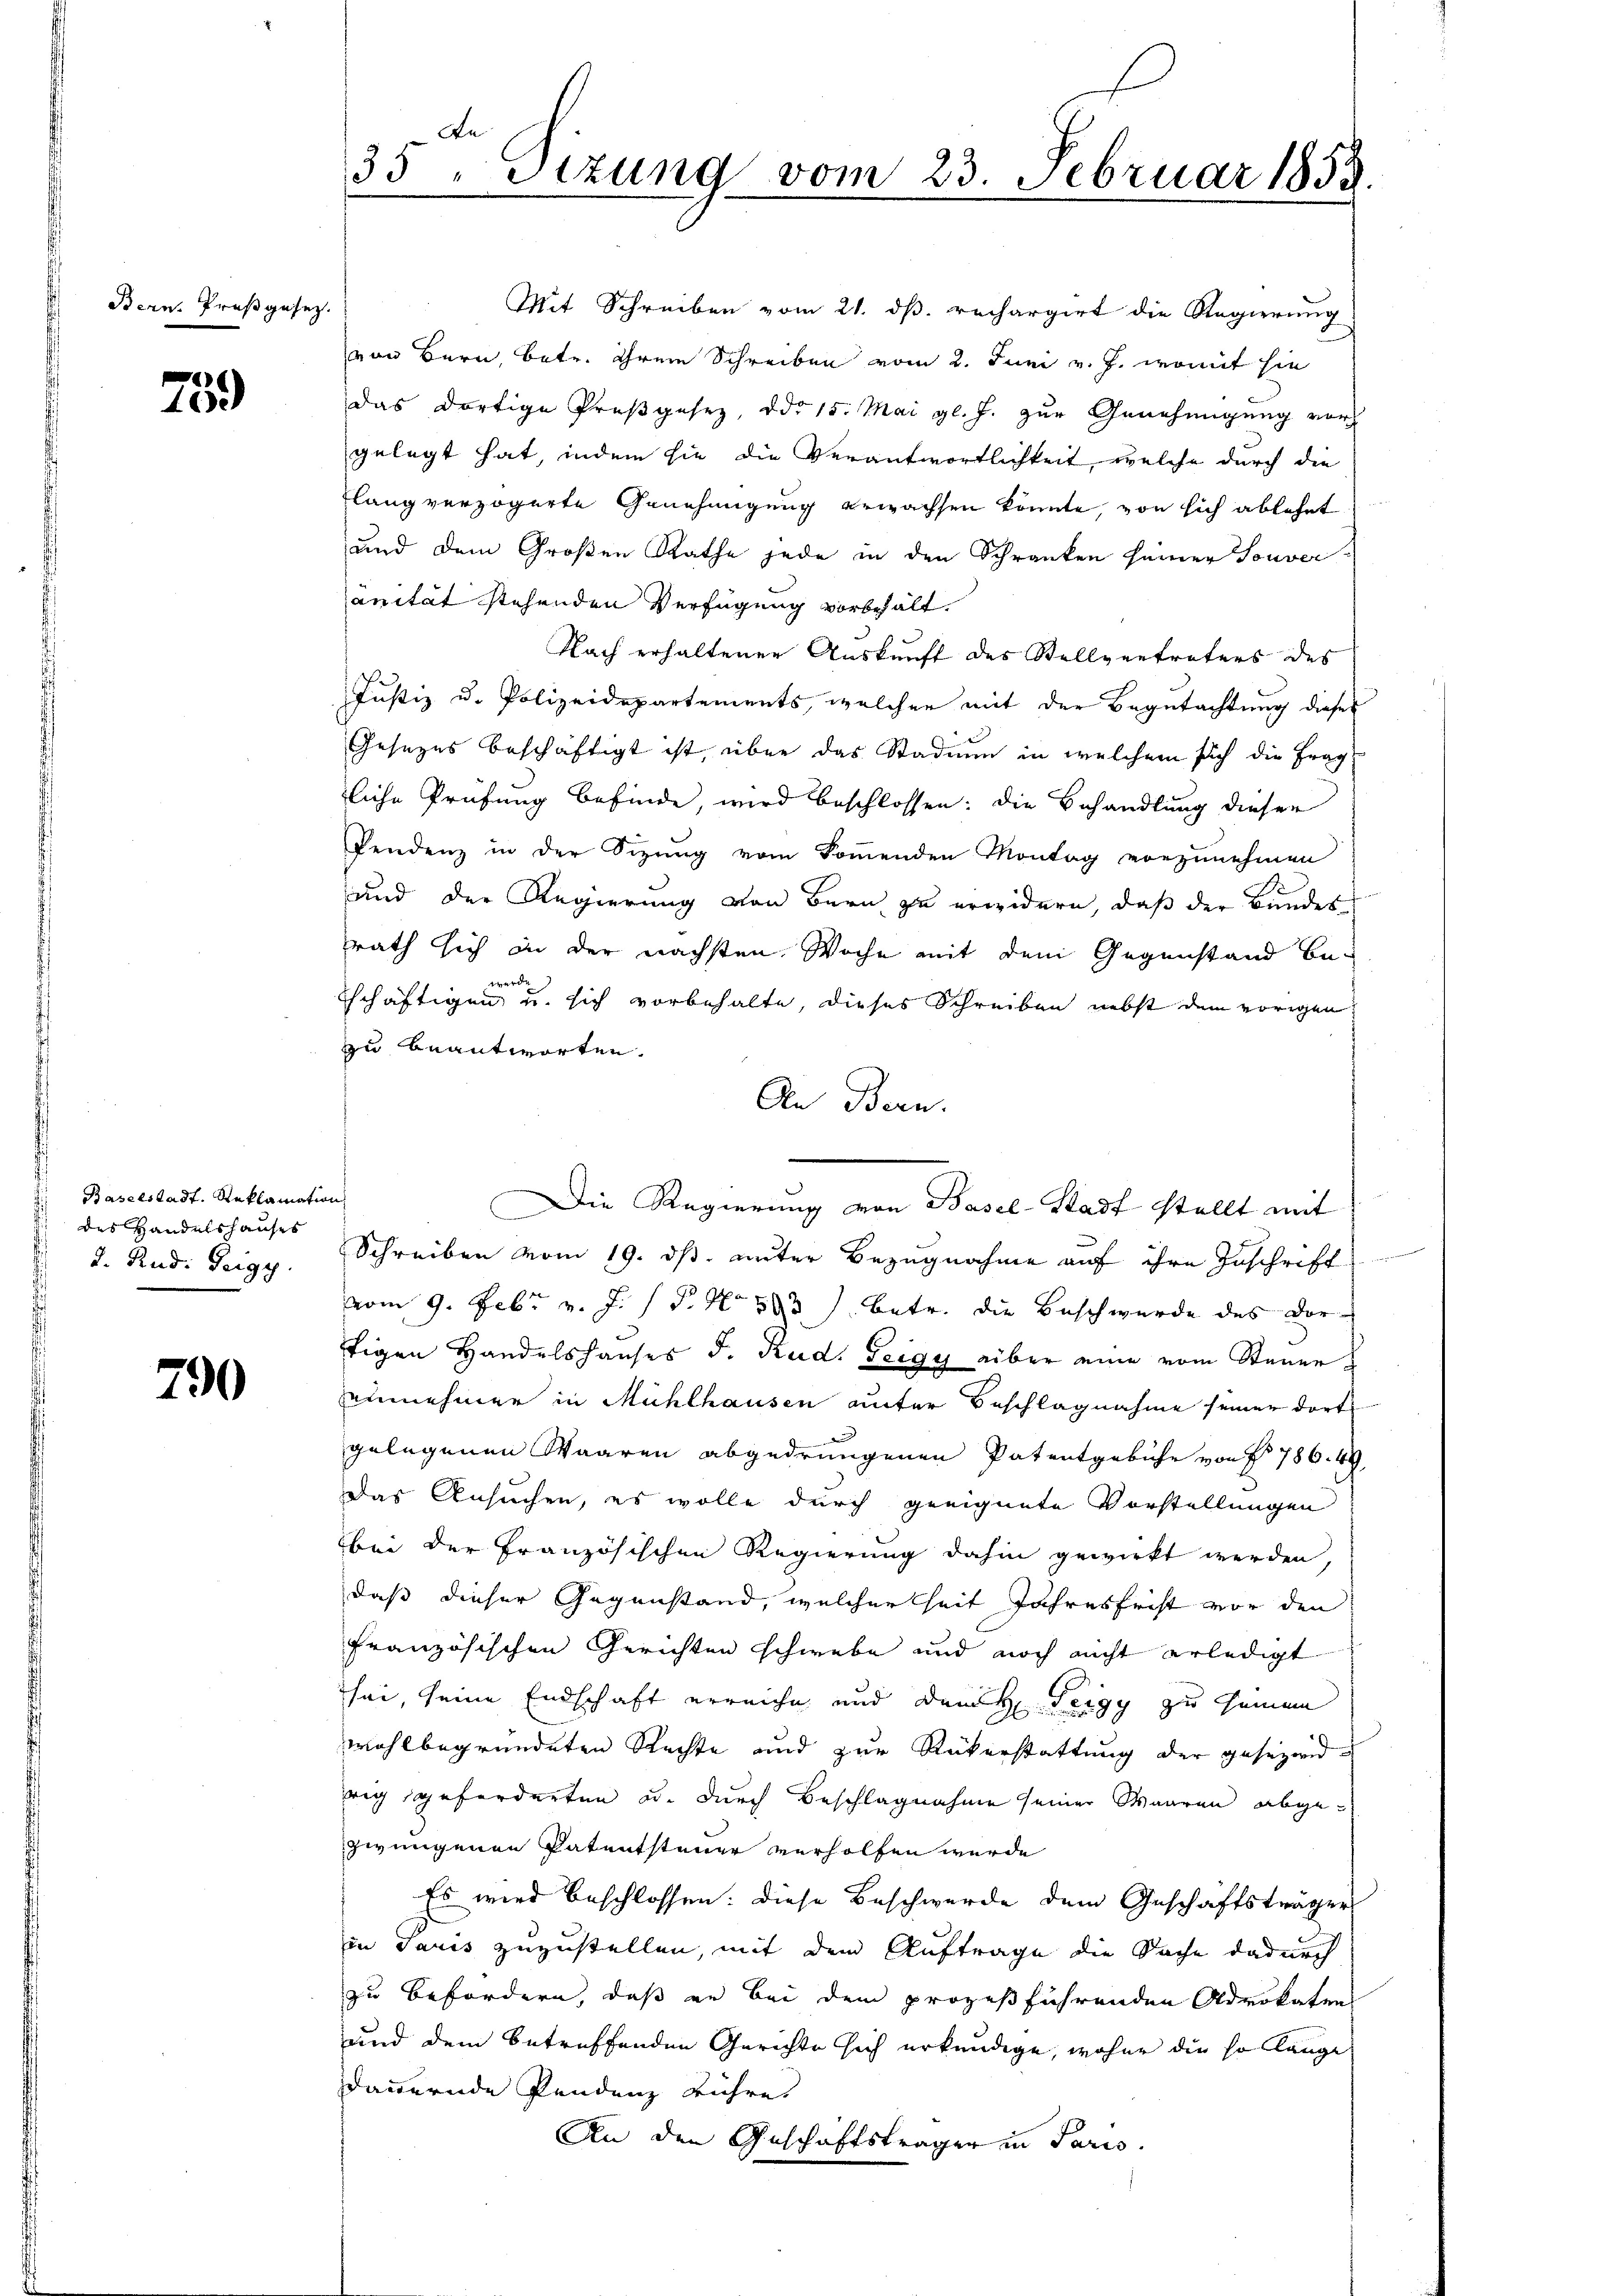
Bern. Preßgesez.

759

Baselstadt. Reklamation
t
des Handelshauses
J. Rud. Teigy.

790

te
35 " Sitzung vom 23. Februar 1853.

Mit Schreiben vom 21. ds. rechargirt die Regierung
von Bern, betr. ihrem Schreiben vom 2. Juni v. J. womit sie
das dortige Preßgesez, ddo 15. Mai gl. J. zur Genehmigung vor-
gelegt hat, indem sie die Verantwortlichkeit, welche durch die
lang verzögerte Genehmigung erwachsen könnte, von sich ablehnt
und dem Großen Rathe jede in den Schranken seiner Souver
anität stehenden Verfügung vorbehalt.
Nach erhaltener Auskunft des Stellvertreters des
Justiz u. Polizeidepartements, welcher mit der Begutachtung dieses
Gesezes beschäftigt ist, über das Stadiun in welchem sich die Fragliche Prüfung befinde wird beschlossen: die Behandlung dieser
Pendenz in der Sizung vom kommenden Montag vorzunehmen
und der Regierung von Bern zu erwidern, daß der Bundes
rath sich in der nächsten Woche mit dem Gegenstand be-
werde
tschäftigen u. sich vorbehalte, dieses Schreiben nebst dem vorigen
zu beantworten.
An Bern.
Schreiben vom 19. ds. unter Bezugnahme auf ihre Zuschrift
vom 9. Febr. v. J. P. Nr. 503. betr. die Beschwerde des Dortigen Handelshauses d. Rud. Zeigy aber eine vom Steuer
einnehmer in Mühlhausen unter Beschlagnahme seiner dort
gelegenen Waaren abgedrungenen Patentgebühr von § 786. 49
Das Ansuchen, es wolle durch geeignete Vorstellungen
bei der Französischen Regierung dahin gewirkt werden,
daß dieser Gegenstand, welcherheit Jahresfrist vor den
französischen Gerichten schwebe und noch nicht erledigt
sei, seine Endschaft erreiche und dem H. Teigy zu seinem
wohlbegründeten Rechte und zur Rükerstattung der gesezendwig geforderten u. durch Beschlagnahme seiner Waaren abgezwungenen Patentsteuer verholfen wurde
Es wird beschlossen: diese Beschwerde dem Geschäftsträger
in Paris zuzustellen, mit dem Auftrage die Sache dadurch
zu befördern, daß er bei dem prozeßführenden Advokaten
und dem betreffenden Gerichte sich erkundige, woher die so lange
dauernde Pendenz rühre
An den Geschäftsträger in Paris

Die Regierung von Basel-Stadt stellt mit

t